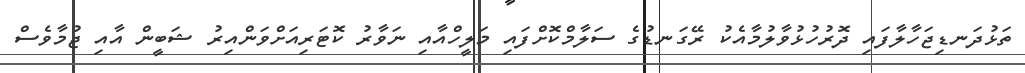
ތަޅުދަނޑިޖަހާލާފައި ދޮރުހުޅުވާލުމާއެކު ރޭގަނޑުގެ ސަލާމްކޮށްފައި މަލީހްއާއި ނަވާރު ކޮޓަރިއަށްވަންއިރު ޝަބީން އާއި ޖުމާވެސް